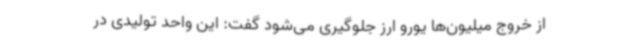
از خروج میلیون‌ها یورو ارز جلوگیری می‌شود گفت: این واحد تولیدی در